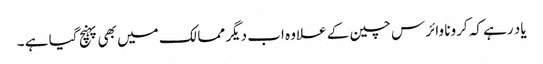
یاد رہے کہ کرونا وائرس چین کے علاوہ اب دیگر ممالک میں بھی پہنچ گیا ہے ۔